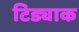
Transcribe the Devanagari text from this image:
टिड्याक